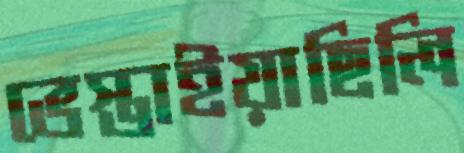
ভেস্তাইয়াছিলি